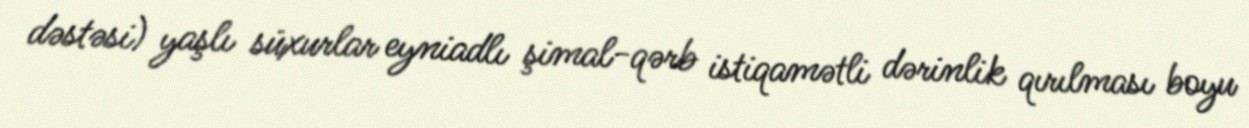
dəstəsi) yaşlı süxurlar eyniadlı şimal-qərb istiqamətli dərinlik qırılması boyu